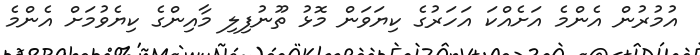
އުމުރުން އެންމެ އަށެއްކަ އަހަރުގެ ކިޔަވަން މޮޅު ތޫނުފިލި މާއިންގެ ކިޔެވުމަށް އެންމެ